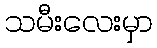
သမီးလေးမှာ